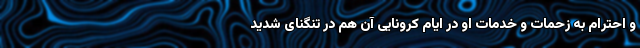
و احترام به زحمات و خدمات او در ایام کرونایی آن هم در تنگنای شدید